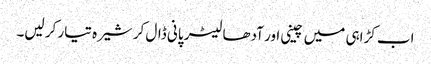
اب کڑاہی میں چینی اور آدھا لیٹر پانی ڈال کر شیرہ تیار کر لیں۔